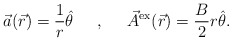
\begin{align*}\vec{a}(\vec{r}) = \frac{1}{r} \hat{\theta} \;\;\;\;\; ,\;\;\;\;\; \vec{A}^{\rm ex}(\vec{r}) = \frac{B}{2} r \hat{\theta}.\end{align*}